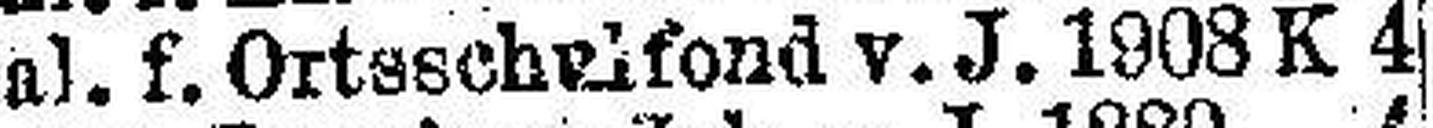
Gal. f. Ortsschrifond v. J. 1908 K 4